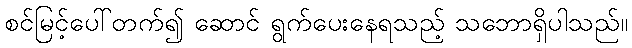
စင်မြင့်ပေါ်တက်၍ ဆောင် ရွက်ပေးနေရသည့် သဘောရှိပါသည်။